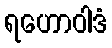
ရဟောဝါဒံ